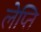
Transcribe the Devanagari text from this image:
लेप्ति